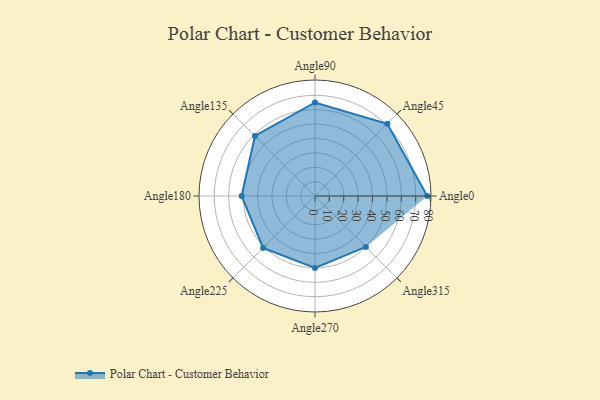
{"axis": {"x": "Angle", "y": "Radius"}, "legend": [""], "data": [{"x": "Angle0", "y": 78.0, "type": ""}, {"x": "Angle45", "y": 71.0, "type": ""}, {"x": "Angle90", "y": 65.0, "type": ""}, {"x": "Angle135", "y": 59.0, "type": ""}, {"x": "Angle180", "y": 51.0, "type": ""}, {"x": "Angle225", "y": 51.0, "type": ""}, {"x": "Angle270", "y": 50, "type": ""}, {"x": "Angle315", "y": 50, "type": ""}]}